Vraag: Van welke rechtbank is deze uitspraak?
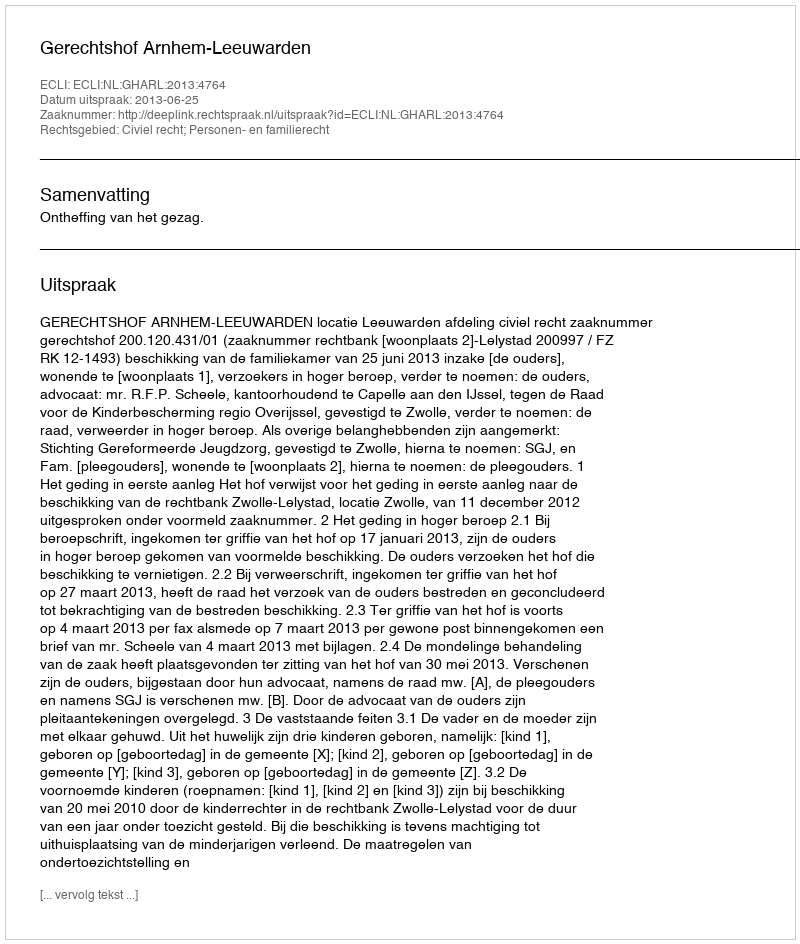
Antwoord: Gerechtshof Arnhem-Leeuwarden